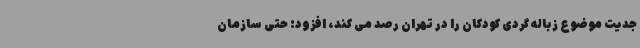
جدیت موضوع زباله گردی کودکان را در تهران رصد می کند، افزود: حتی سازمان